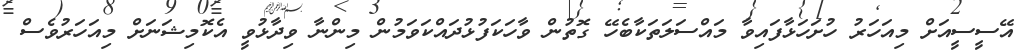
އޭސީސީއަށް މިއަހަރު ހުށަހަޅާފައިވާ މައްސަލަތަކާބެހޭ ގޮތުން ވާހަކަފުޅުދައްކަވަމުން މިންނާ ވިދާޅުވީ އެކޮމިޝަނަށް މިއަހަރުވެސް